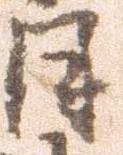
月